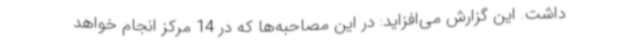
داشت. این گزارش می‌افزاید: در این مصاحبه‌ها که در 14 مرکز انجام خواهد